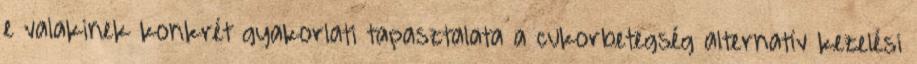
e valakinek konkrét gyakorlati tapasztalata a cukorbetegség alternatív kezelési